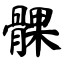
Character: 髁